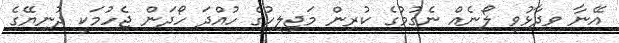
އޭނާ ވިދާޅުވީ ލޯނެއް ނެގުމުގެ ކުރިން މަޖިލީހުގެ ހުއްދަ ހޯދަން ޖެހުމަކީ ދުނިޔޭގެ